system: You are a helpful assistant.
user:
Analyze the provided spectrum to determine if it is a **"Cataclysmic Variables (CV)"**.

- **Key Indicators for CV (Check for either state):**
    - **State 1: Quiescent / Low-State (Emission-Dominated)**
        - **(Primary):** Strong and *very broad* Hydrogen Balmer emission lines (e.g., $H\alpha$ at 6563 Å, $H\beta$ at 4861 Å). The 'broadness' (high velocity dispersion, often FWHM > 1000 km/s) is the key diagnostic, indicating a high-velocity accretion disk.
        - **(Secondary):** Broad neutral Helium (He I) emission lines (e.g., 5876 Å, 6678 Å).
        - **(Key Confirmation):** Presence of high-excitation *ionized* Helium (He II) emission at 4686 Å. This is a strong indicator of accretion onto a white dwarf.
        - **(Line Profile):** Emission lines may exhibit a 'double-peaked' profile, which is a classic signature of a rotating accretion disk viewed at high inclination.

    - **State 2: Outburst / High-State (Absorption-Dominated)**
        - **(Primary):** Spectrum is dominated by a bright, blue continuum (looks like a hot star).
        - **(Secondary):** The emission lines from State 1 are weak, absent, or 'filled in', and are replaced by broad, shallow *absorption* lines (primarily Balmer and He I).
        - **(Morphology):** The overall spectrum mimics a hot B/A-type star. The crucial difference is that the absorption lines are significantly broader, shallower, and more 'washed-out' (or 'smeared') than the sharp lines of a normal stellar photosphere, due to high rotational speeds and pressure broadening in the disk.

Think first, call **spectral_visualization_tool** if needed to examine features in detail, then provide your final answer. Your response must adhere to the following strict rules:
1.  **Overall Structure:** Your response must follow the format `<think>...</think> <tool_call>...</tool_call> (if a tool is used) <answer>...</answer>`.
2.  **Tool Usage Constraint:** You may only make **one** tool call per turn.
3.  **Final Answer Format:** In the `<answer>` tag, your conclusion must be inside a `\boxed{}` command (e.g., `\boxed{YES}`), followed by your justification.

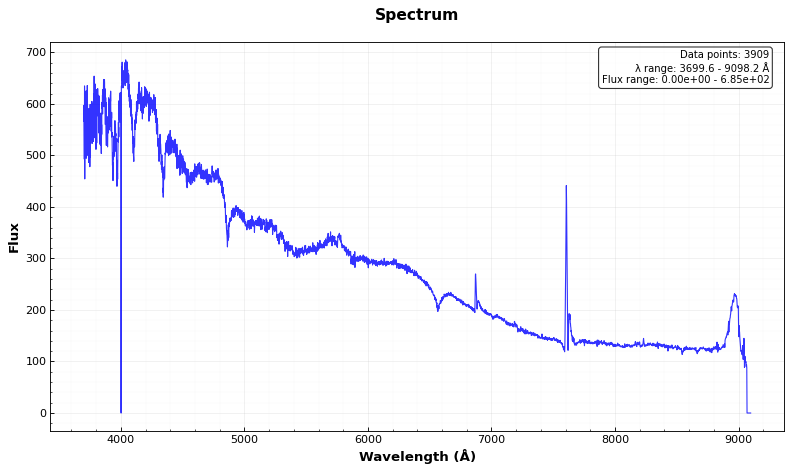
Answer: NO